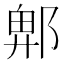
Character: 𮠁